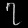
Digit: ၇